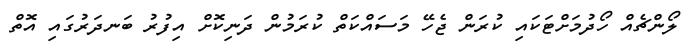
ލޯންޗެއް ހޯދުމަށްޓަކައި ކުރަން ޖެހޭ މަސައްކަތް ކުރަމުން ދަނިކޮށް އިފުރު ބަނދަރުގައި އޮތް